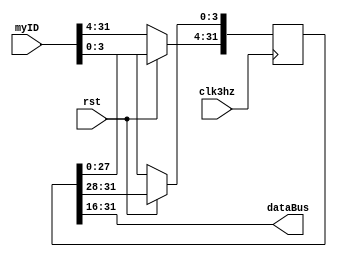
`timescale 1ns / 1ps

module GPU(input clk3hz, input rst, input [31:0] myID, output [15:0] dataBus);
    // rst is low-active
    reg[31:0] msgArray;
    assign dataBus = msgArray[31:16];
    always @(posedge clk3hz) 
    begin
        if (!rst) msgArray <= myID;
        else begin
            msgArray[3:0] <= msgArray[31:28];
            msgArray[31:4] <= msgArray[27:0];
        end
    end
endmodule